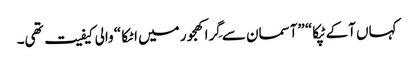
کہاں آکے ٹپکا“ ”آسمان سے گِرا کھجور میں اٹکا “ والی کیفیت تھی۔